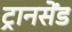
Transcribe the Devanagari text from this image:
ट्रानसेंड